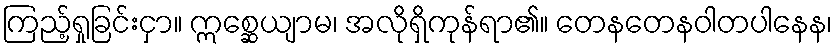
ကြည့်ရှုခြင်းငှာ။ ဣစ္ဆေယျာမ၊ အလိုရှိကုန်ရာ၏။ တေနတေနဝါတပါနေန၊